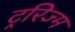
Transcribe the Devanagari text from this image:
ट्ररिज्म